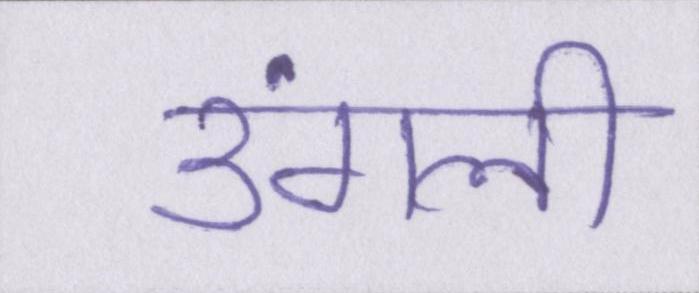
उंगली